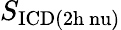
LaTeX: S_{\mathrm{ICD(2h\ nu)}}